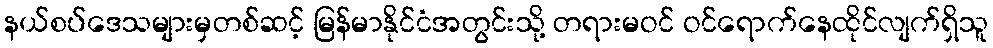
နယ်စပ်ဒေသများမှတစ်ဆင့် မြန်မာနိုင်ငံအတွင်းသို့ တရားမဝင် ဝင်ရောက်နေထိုင်လျက်ရှိသူ